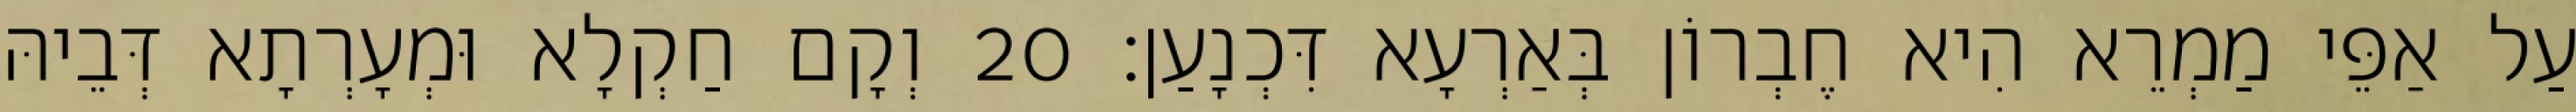
עַל אַפֵּי מַמְרֵא הִיא חֶבְרוֹן בְּאַרְעָא דִּכְנָעַן׃ 20 וְקָם חַקְלָא וּמְעָרְתָא דְּבֵיהּ